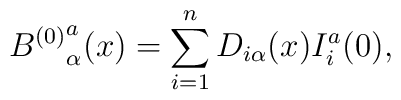
{B^{(0)}}_{\alpha}^{a}(x) = \sum_{i=1}^{n} D_{i\alpha}(x)I_{i}^{a}(0),